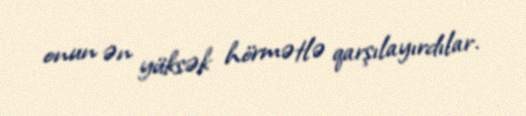
onun ən yüksək hörmətlə qarşılayırdılar.